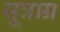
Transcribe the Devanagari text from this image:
सूत्राग्र